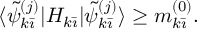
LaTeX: \langle \tilde { \psi } _ { k \bar { \imath } } ^ { ( j ) } | H _ { k \bar { \imath } } | \tilde { \psi } _ { k \bar { \imath } } ^ { ( j ) } \rangle \geq m _ { k \bar { \imath } } ^ { ( 0 ) } .